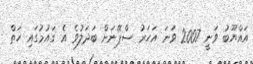
އައްޔޫބު ވަނީ 2007 ވަނަ އަހަރު ސްޕޭނަށް ބަދަލުވެ އެ ގައުމުގައި ހަތް